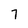
Character: 7